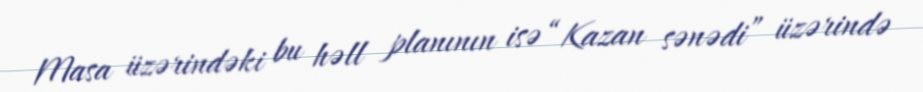
Masa üzərindəki bu həll planının isə “Kazan sənədi” üzərində